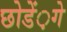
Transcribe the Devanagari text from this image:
छोडें़गे